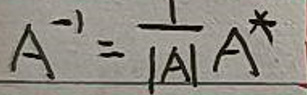
$A^{-1}=\frac {1}{|A|}A^{*}$